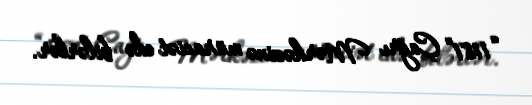
“1181” Çağrı Mərkəzinə müraciət edə bilərlər.